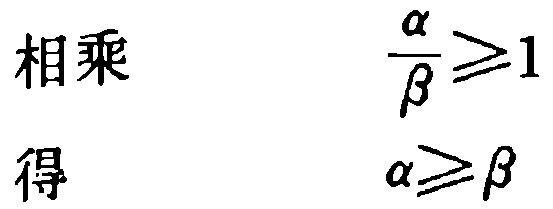
相乘

\[\frac{\alpha}{\beta}\geqslant1\]

得

\[\alpha\geqslant\beta\]